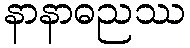
နာနာဓညဿ